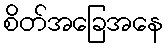
စိတ်အခြေအနေ